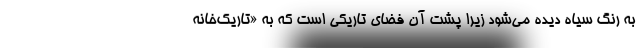
به رنگ سیاه‌ دیده می‌شود زیرا پشت آن فضای تاریکی است که به «تاریک‌خانه